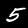
Digit: 5